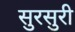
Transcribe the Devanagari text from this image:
सुरसुरी